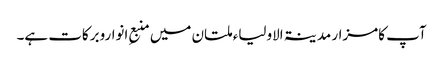
آپ کامزار مدینۃ الاولیاء ملتان میں منبعِ انواروبرکات ہے۔